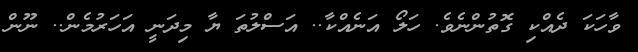
ވާހަކަ ދެއްކި ގޮތުންނެވެ. ހަލޯ އަނެއްކާ.. އަސްލުތަ ޔާ މިދަނީ އަހަރުމެން.. ނޫން